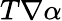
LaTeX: T\nabla\alpha